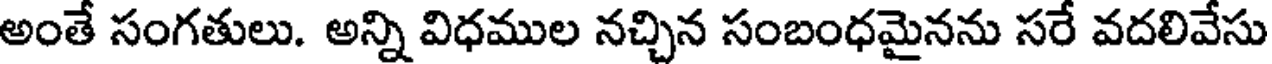
అంతే సంగతులు. అన్ని విధముల నచ్చిన సంబంధమైనను సరే వదలివేసు